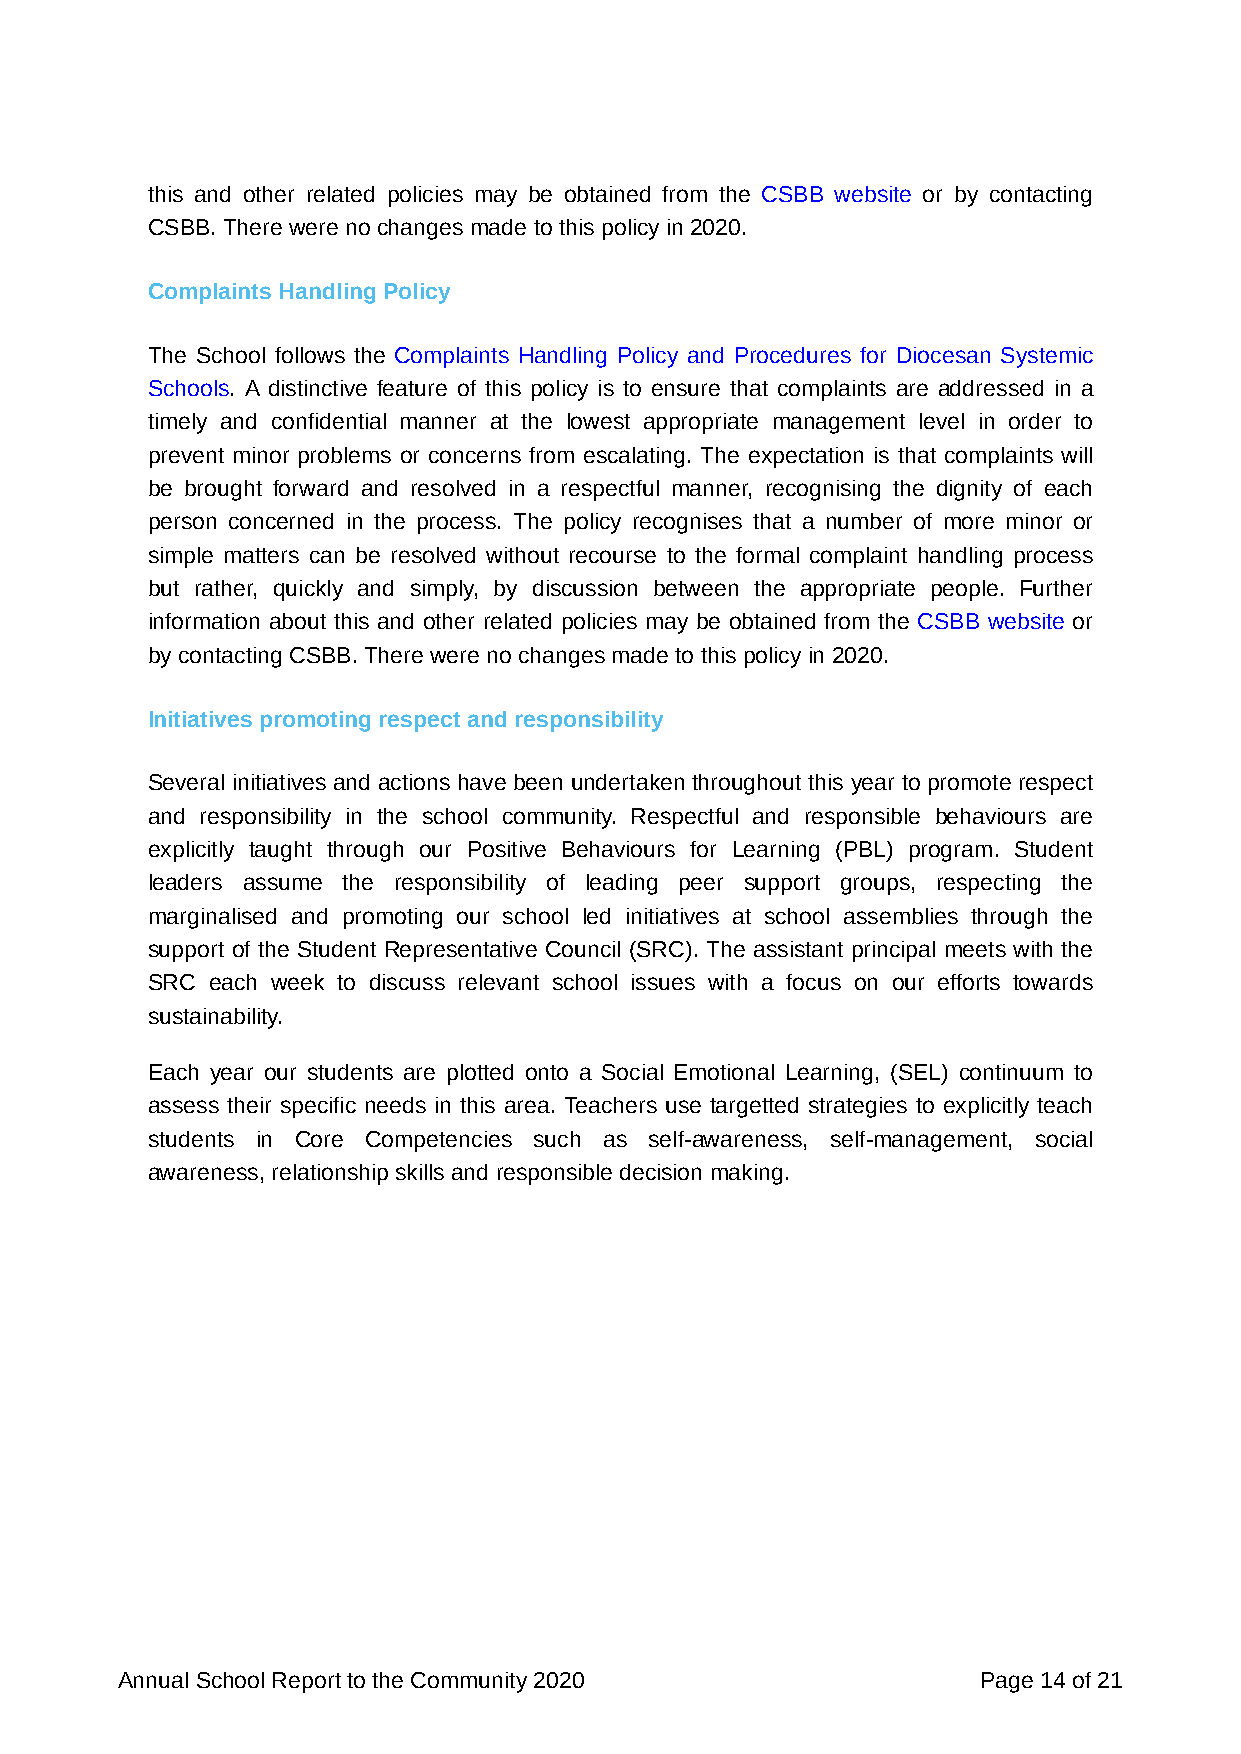
this and other related policies may be obtained from the CSBB website or by contacting
 CSBB. There were no changes made to this policy in 2020.
 Complaints Handling Policy
 The School follows the Complaints Handling Policy and Procedures for Diocesan Systemic
 Schools. A distinctive feature of this policy is to ensure that complaints are addressed in a
 timely and confidential manner at the lowest appropriate management level in order to
 prevent minor problems or concerns from escalating. The expectation is that complaints will
 be brought forward and resolved in a respectful manner, recognising the dignity of each
 person concerned in the process. The policy recognises that a number of more minor or
 simple matters can be resolved without recourse to the formal complaint handling process
 but rather, quickly and simply, by discussion between the appropriate people. Further
 information about this and other related policies may be obtained from the CSBB website or
 by contacting CSBB. There were no changes made to this policy in 2020.
 Initiatives promoting respect and responsibility
 Several initiatives and actions have been undertaken throughout this year to promote respect
 and responsibility in the school community. Respectful and responsible behaviours are
 explicitly taught through our Positive Behaviours for Learning (PBL) program. Student
 leaders assume the responsibility of leading peer support groups, respecting the
 marginalised and promoting our school led initiatives at school assemblies through the
 support of the Student Representative Council (SRC). The assistant principal meets with the
 SRC each week to discuss relevant school issues with a focus on our efforts towards
 sustainability.
 Each year our students are plotted onto a Social Emotional Learning, (SEL) continuum to
 assess their specific needs in this area. Teachers use targetted strategies to explicitly teach
 students in Core Competencies such as self-awareness, self-management, social
 awareness, relationship skills and responsible decision making.
 Annual School Report to the Community 2020               Page 14 of 21